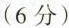
（6分）